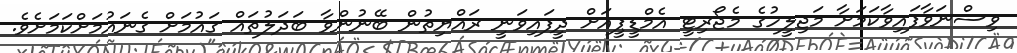
ވިސްނަވާފައިވާކަމަށާ މަޖިލީހުގެ މެޖޯރިޓީ އެމްޑީޕީއަށް ދީފައިވަނީ ރައްޔިތުން ބޭނުންވާ ބަދަލުތައް ގައުމަށް ގެނައުމަށްކަމަށެވެ.